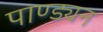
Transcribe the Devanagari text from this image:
पाण्ड्यन